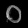
Digit: ၀